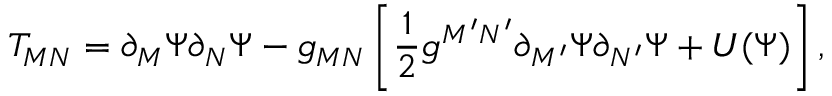
T _ { M N } = \partial _ { M } \Psi \partial _ { N } \Psi - g _ { M N } \left[ \frac { 1 } { 2 } g ^ { M ^ { \prime } N ^ { \prime } } \partial _ { M ^ { \prime } } \Psi \partial _ { N ^ { \prime } } \Psi + U ( \Psi ) \right] ,